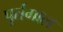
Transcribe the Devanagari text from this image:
पूर्तगाल